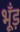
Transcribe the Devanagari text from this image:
भूँड़